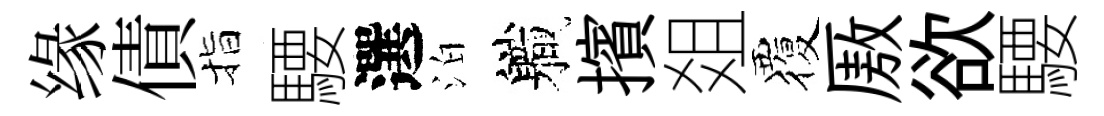
缘債指騕選泊軄擯爼覆厫欲騕